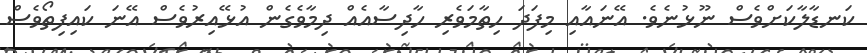
ކަނޑާލާކަށްވެސް ނޫޅުނެވެ. އޭނައާއި މިފަދަ ހިތާމަވެރި ހާދިސާއެއް ދިމާވެގެން އުޅޭއިރުވެސް އޭނަ ކައިފިތޯވެސް